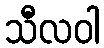
သီလဝါ